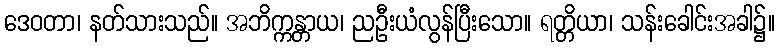
ဒေဝတာ၊ နတ်သားသည်။ အဘိက္ကန္တာယ၊ ညဦးယံလွန်ပြီးသော။ ရတ္တိယာ၊ သန်းခေါင်းအခါ၌။